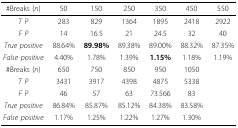
<table><thead><tr><td><b>#Breaks (<i>n</i>)</b></td><td><b>50</b></td><td><b>150</b></td><td><b>250</b></td><td><b>350</b></td><td><b>450</b></td><td><b>550</b></td></tr></thead><tbody><tr><td><i>T P</i></td><td>283</td><td>829</td><td>1364</td><td>1895</td><td>2418</td><td>2922</td></tr><tr><td><i>F P</i></td><td>14</td><td>16.5</td><td>21</td><td>24.5</td><td>32</td><td>40</td></tr><tr><td><i>True positive</i></td><td>88.64%</td><td><b>89.98%</b></td><td>89.38%</td><td>89.00%</td><td>88.32%</td><td>87.35%</td></tr><tr><td><i>False positive</i></td><td>4.40%</td><td>1.78%</td><td>1.39%</td><td><b>1.15%</b></td><td>1.18%</td><td>1.19%</td></tr><tr><td>#Breaks (<i>n</i>)</td><td>650</td><td>750</td><td>850</td><td>950</td><td>1050</td><td></td></tr><tr><td><i>T P</i></td><td>3431</td><td>3917</td><td>4398</td><td>4875</td><td>5338</td><td></td></tr><tr><td><i>F P</i></td><td>46</td><td>57</td><td>63</td><td>73.566</td><td>83</td><td></td></tr><tr><td><i>True positive</i></td><td>86.84%</td><td>85.87%</td><td>85.12%</td><td>84.38%</td><td>83.58%</td><td></td></tr><tr><td><i>False positive</i></td><td>1.17%</td><td>1.25%</td><td>1.22%</td><td>1.27%</td><td>1.30%</td><td></td></tr></tbody></table>